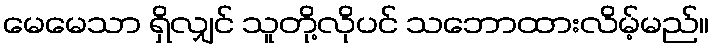
မေမေသာ ရှိလျှင် သူတို့လိုပင် သဘောထားလိမ့်မည်။